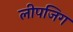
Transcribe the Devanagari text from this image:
लीपजिग